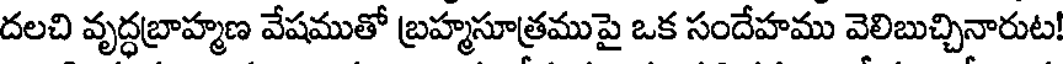
దలచి వృద్ధబ్రాహ్మణ వేషముతో బ్రహ్మసూత్రముపై ఒక సందేహము వెలిబుచ్చినారుట!